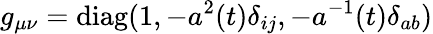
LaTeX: g_{\mu\nu}=\mathrm{diag}(1,-a^{2}(t)\delta_{ij},-a^{-1}(t)\delta_{ab})